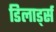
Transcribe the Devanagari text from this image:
डिलार्ड्स